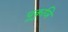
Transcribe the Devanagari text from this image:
पूकुञि